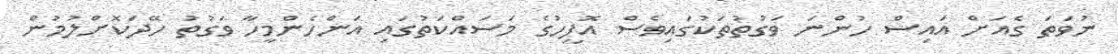
ނުވަތަ ގެއަށް އައިސް ހުންނަ ވަގުތުތަކުގައިވެސް އޮފީހުގެ މަސައްކަތުގައި އަންހެންމީހާ ވަގުތު ހޭދަކޮށްލުމުން